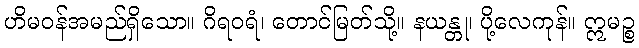
ဟိမဝန်အမည်ရှိသော။ ဂိရဝရံ၊ တောင်မြတ်သို့။ နယန္တု၊ ပို့လေကုန်။ ဣမဉ္စ